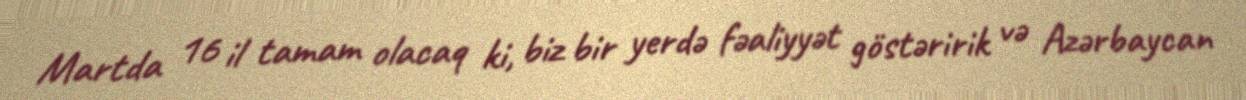
Martda 16 il tamam olacaq ki, biz bir yerdə fəaliyyət göstəririk və Azərbaycan